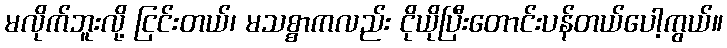
မလိုက်ဘူးလို့ ငြင်းတယ်၊ မသစ္စာကလည်း ငိုယိုပြီးတောင်းပန်တယ်ပေါ့ကွယ်။